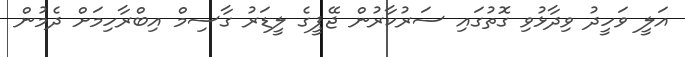
އަލީ ވަހީދު ވިދާޅުވި ގޮތުގައި ސަރުކާރުން ޖޭޕީގެ ލީޑަރު ގާސިމް އިބްރާހިމަށް ދެމުން